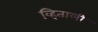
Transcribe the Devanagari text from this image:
व्हिताली